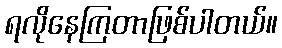
ရလိုနေကြတာဖြစ်ပါတယ်။